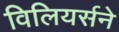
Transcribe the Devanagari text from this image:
विलियर्सने